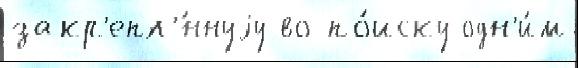
закр'епл'́ннуjу во по́иску одн'и́м